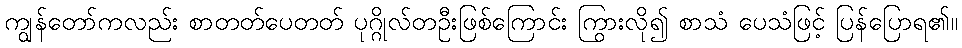
ကျွန်တော်ကလည်း စာတတ်ပေတတ် ပုဂ္ဂိုလ်တဦးဖြစ်ကြောင်း ကြွားလို၍ စာသံ ပေသံဖြင့် ပြန်ပြောရ၏။